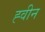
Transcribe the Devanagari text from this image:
ह्वीन